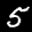
Label: 5